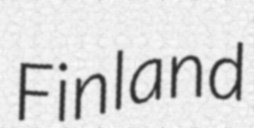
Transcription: Finland